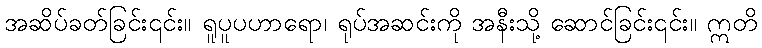
အဆိပ်ခတ်ခြင်း၎င်း။ ရူပူပဟာရော၊ ရုပ်အဆင်းကို အနီးသို့ ဆောင်ခြင်း၎င်း။ ဣတိ